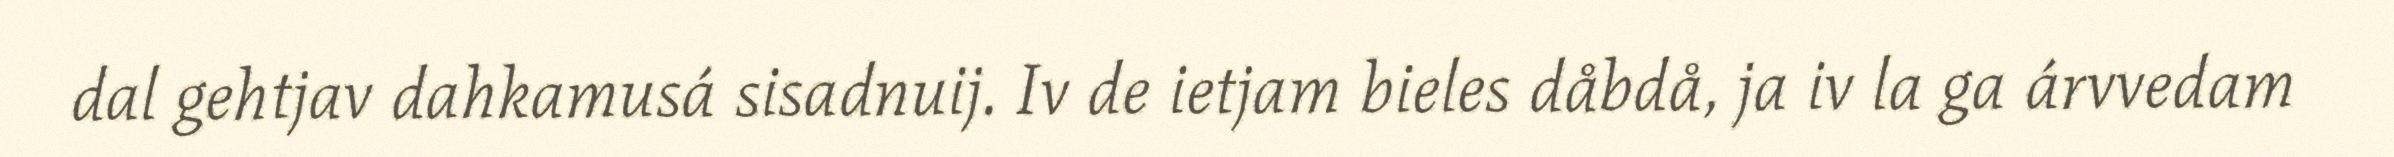
dal gehtjav dahkamusá sisadnuij. Iv de ietjam bieles dåbdå, ja iv la ga árvvedam